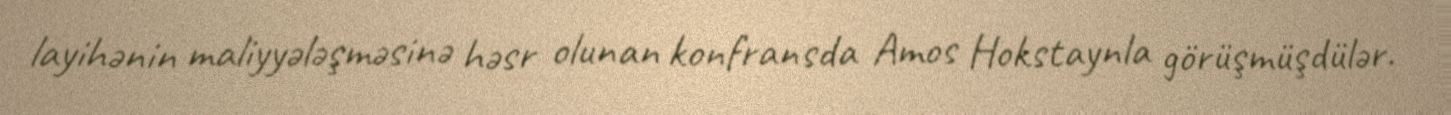
layihənin maliyyələşməsinə həsr olunan konfransda Amos Hokstaynla görüşmüşdülər.